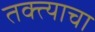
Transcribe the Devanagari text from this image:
तक्त्याचा